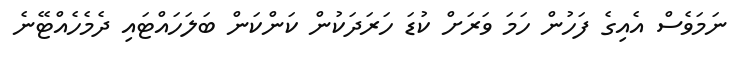
ނަމަވެސް އެއިގެ ފަހުން ހަމަ ވަރަށް ކުޑަ ހަރަދަކުން ކަންކަން ބަލަހައްޓައި ދެމެހެއްޓޭނެ